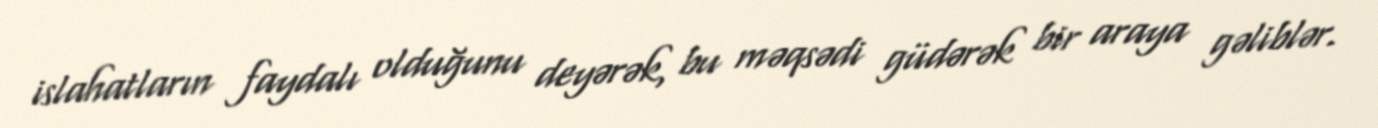
islahatların faydalı olduğunu deyərək, bu məqsədi güdərək bir araya gəliblər.